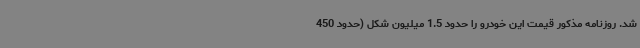
شد. روزنامه مذکور قیمت این خودرو را حدود 1.5 میلیون شکل (حدود 450